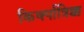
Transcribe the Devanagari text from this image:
किर्क्पात्रिक्क